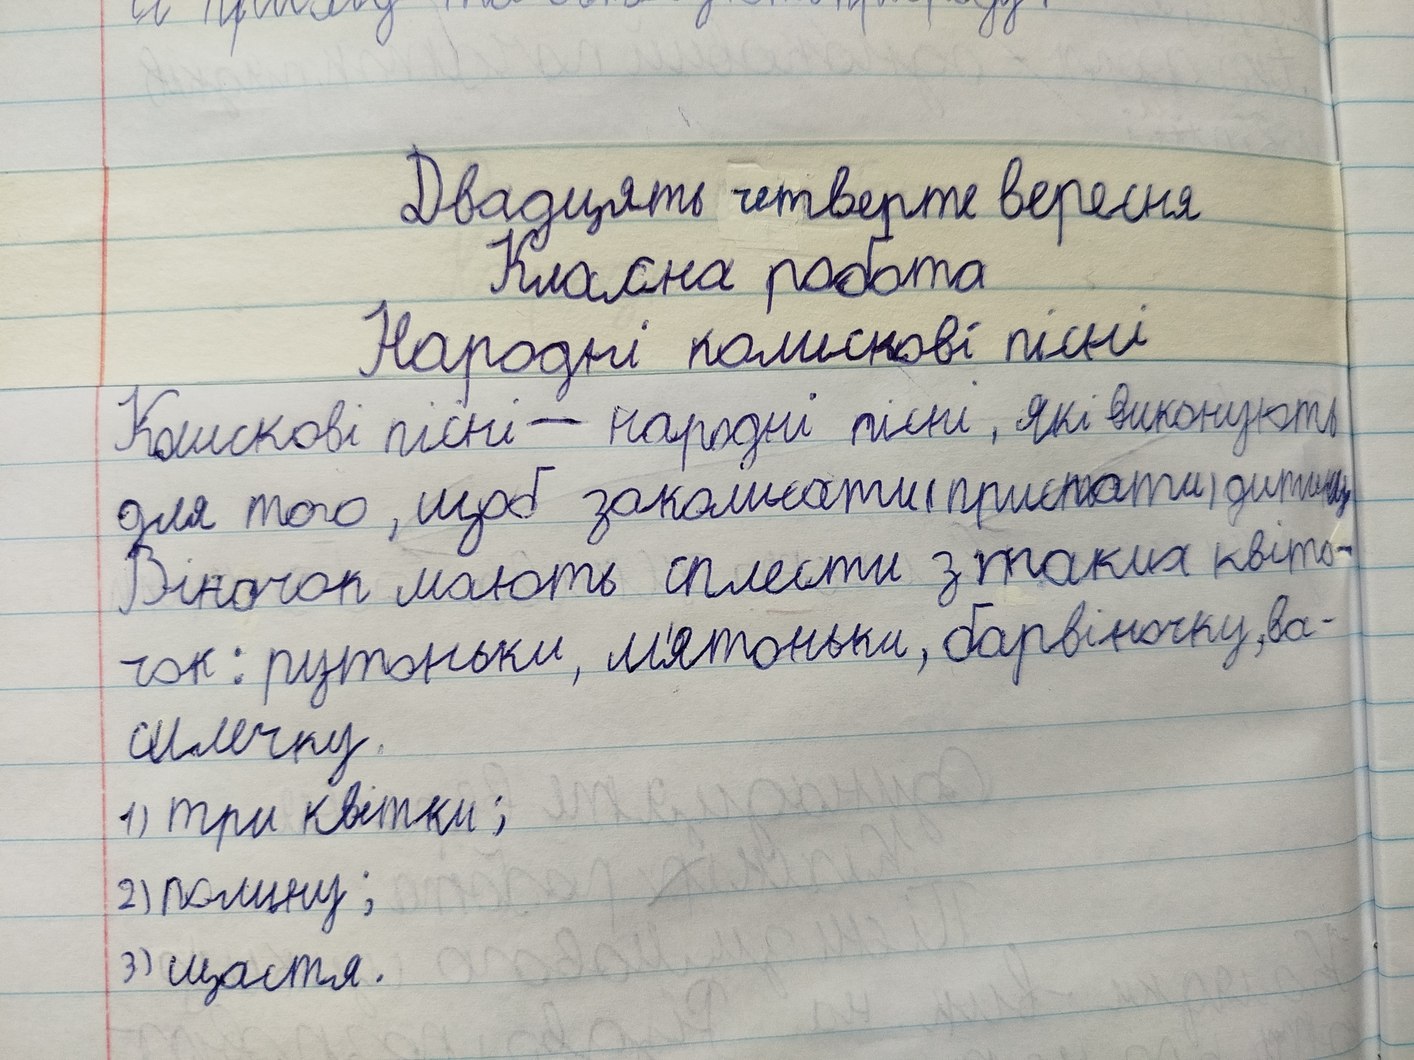
Двадцять четверте вересня
Класна робота
Народні колискові пісні
Колишкові пісні — народні пісні, які виконують
для того, щоб заколисати (приспати) дитину
Віночок мають сплести з таких квіто-
чок: рутоньки, м'ятоньки, барвіночку, ва-
силечку.
1) три квітки;
2) полину;
3) щастя